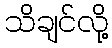
သိချင်လို့